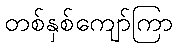
တစ်နှစ်ကျော်ကြာ